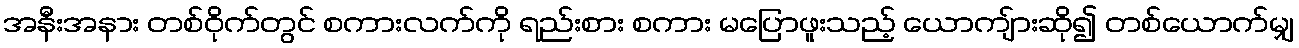
အနီးအနား တစ်ဝိုက်တွင် စကားလက်ကို ရည်းစား စကား မပြောဖူးသည့် ယောကျ်ားဆို၍ တစ်ယောက်မျှ